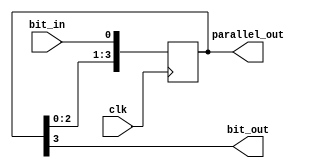
module shift_register4 (input clk, input bit_in, output wire [3:0] parallel_out, output wire bit_out);
	reg [3:0] tmp = 4'b0000;
	always @(posedge clk) begin
		tmp <= {tmp[2:0], bit_in};
	end
	assign parallel_out = tmp[3:0];
	assign bit_out = tmp[3];
endmodule